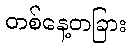
တစ်နေ့တခြား